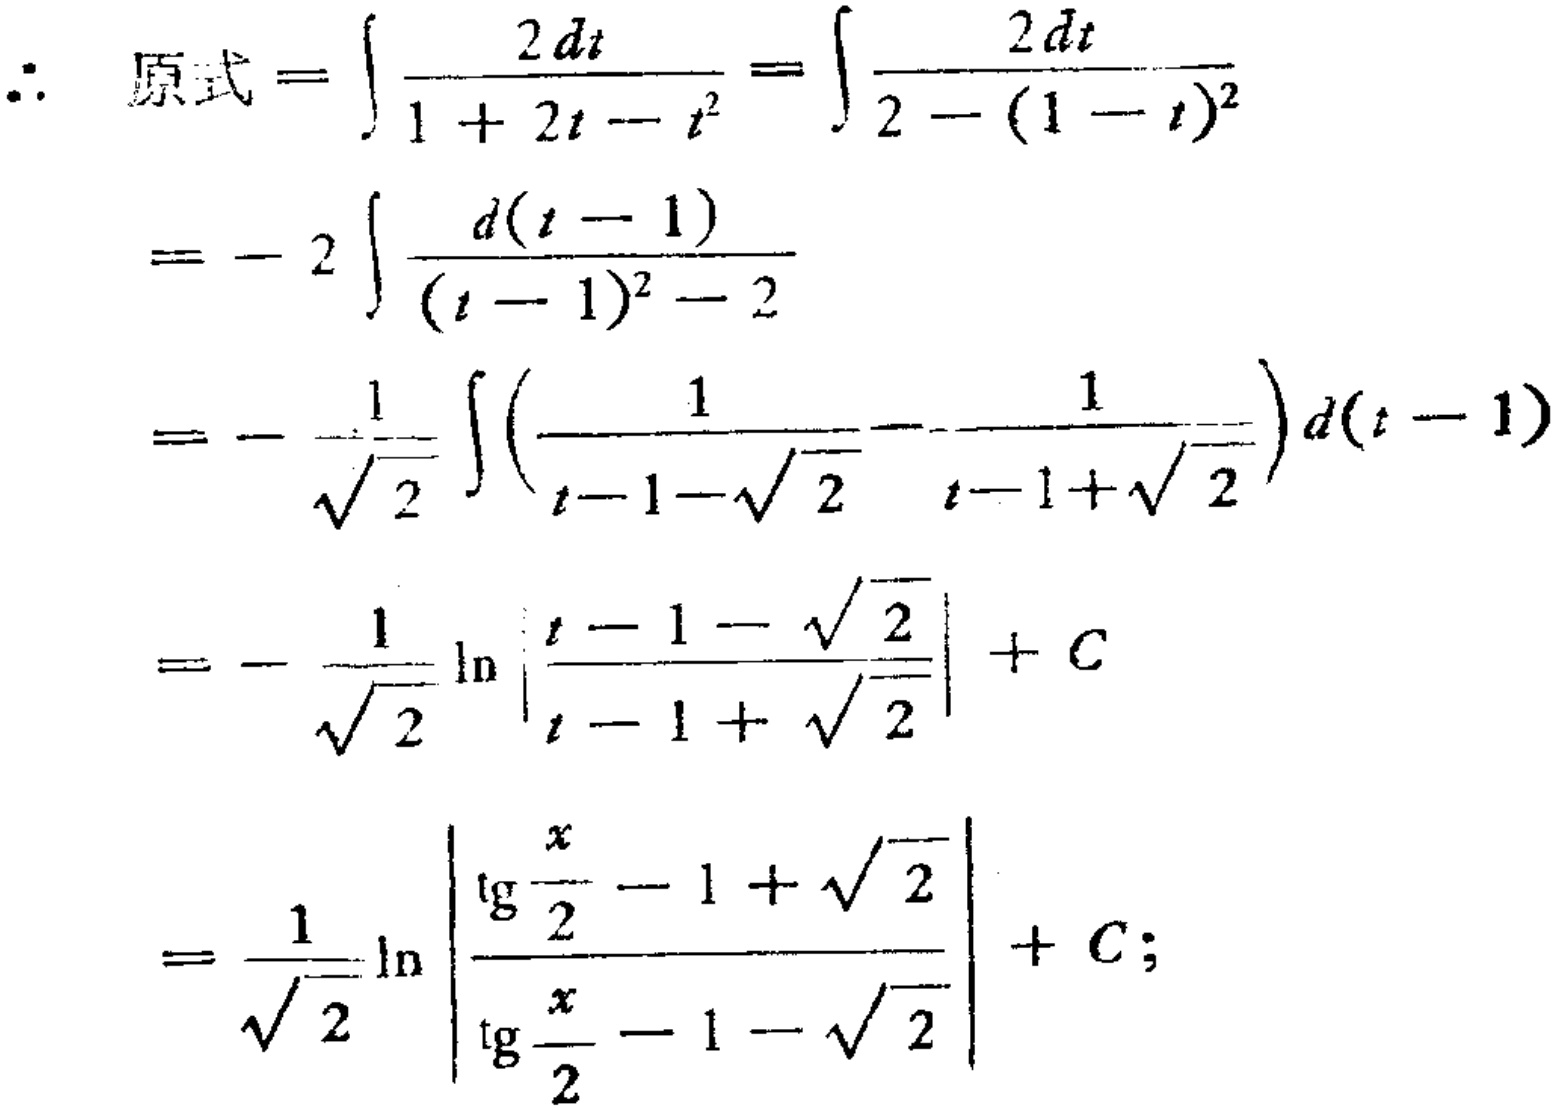
\[\begin{align*}

\therefore \text{原式}&=\int\frac{2dt}{1 + 2t - t^{2}}=\int\frac{2dt}{2-(1 - t)^{2}}\\

&=-2\int\frac{d(t - 1)}{(t - 1)^{2}-2}\\

&=-\frac{1}{\sqrt{2}}\int\left(\frac{1}{t - 1-\sqrt{2}}-\frac{1}{t - 1+\sqrt{2}}\right)d(t - 1)\\

&=-\frac{1}{\sqrt{2}}\ln\left|\frac{t - 1-\sqrt{2}}{t - 1+\sqrt{2}}\right|+C\\

&=\frac{1}{\sqrt{2}}\ln\left|\frac{\tg\frac{x}{2}-1+\sqrt{2}}{\tg\frac{x}{2}-1-\sqrt{2}}\right|+C;

\end{align*}\]